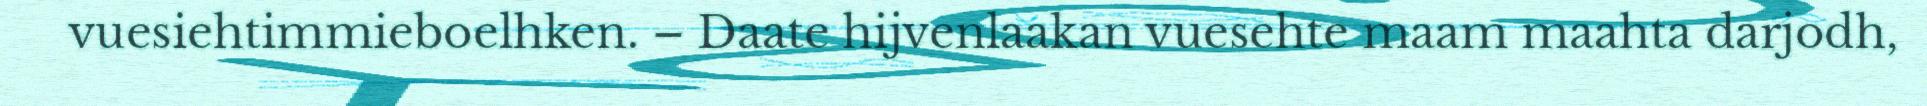
vuesiehtimmieboelhken. – Daate hijvenlaakan vuesehte maam maahta darjodh,